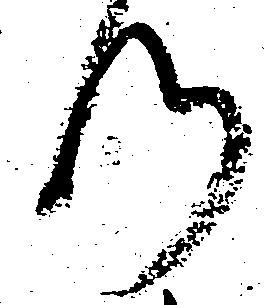
つ